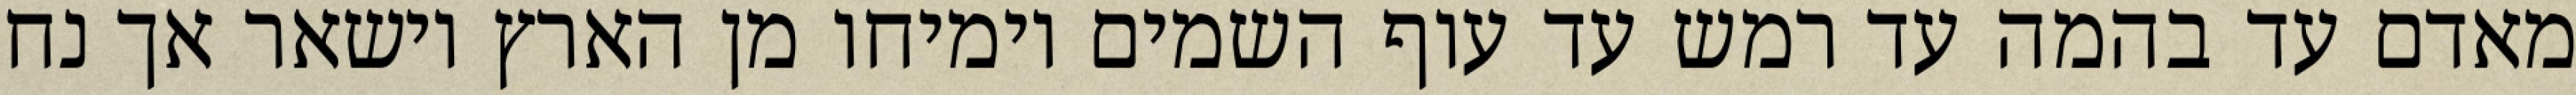
מאדם עד בהמה עד רמש עד עוף השמים וימיחו מן הארץ וישאר אך נח